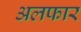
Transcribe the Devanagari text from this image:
अलफार